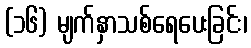
(၁၆) မျက်နှာသစ်ရေပေးခြင်း၊